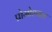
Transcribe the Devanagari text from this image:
प्रोमोश्नल